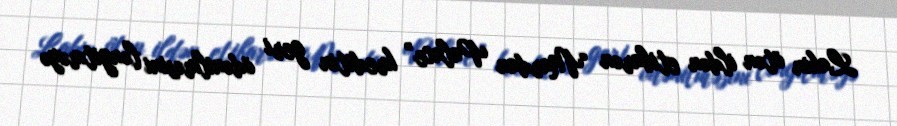
Lakin ötən ildən etibarən “Mardan Palace” kreditin geri ödənilməsini ləngitməyə